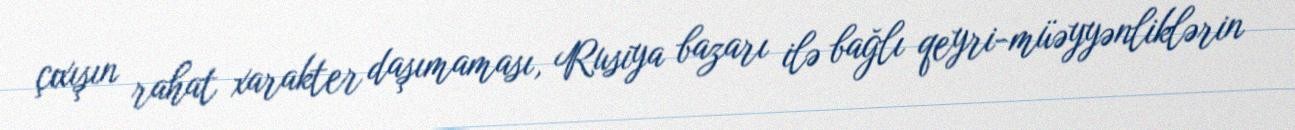
çıxışın rahat xarakter daşımaması, Rusiya bazarı ilə bağlı qeyri-müəyyənliklərin